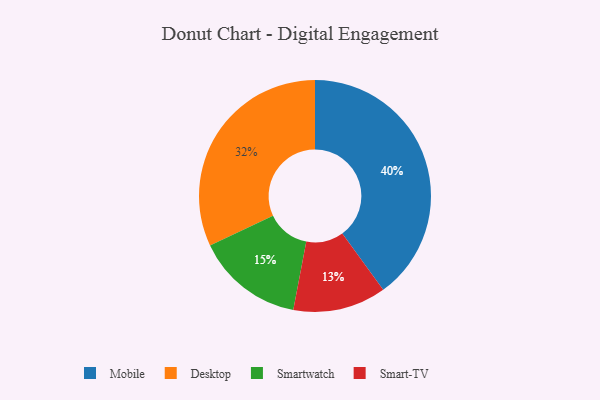
{"axis": {"x": "Category", "y": "Percentage"}, "legend": ["Desktop", "Mobile", "Smart-TV", "Smartwatch"], "data": [{"x": "Mobile", "y": 40, "type": "Mobile"}, {"x": "Desktop", "y": 32, "type": "Desktop"}, {"x": "Smartwatch", "y": 15, "type": "Smartwatch"}, {"x": "Smart-TV", "y": 13, "type": "Smart-TV"}]}